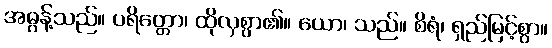
အဓွန့်သည်။ ပရိတ္တော၊ ထိုလှစွာ၏။ ယော၊ သည်။ စိရံ၊ ရှည်မြင့်စွာ။